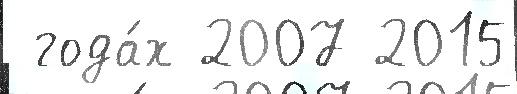
 года́х 2007 2015